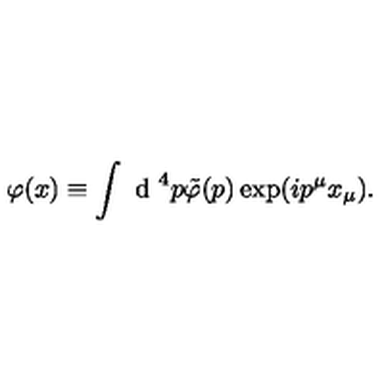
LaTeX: \varphi ( x ) \equiv \int \textrm { d } ^ { 4 } p \tilde { \varphi } ( p ) \exp ( i p ^ { \mu } x _ { \mu } ) .